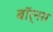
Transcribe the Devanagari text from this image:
बॉर्नस